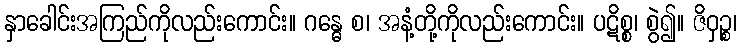
နှာခေါင်းအကြည်ကိုလည်းကောင်း။ ဂန္ဓေ စ၊ အနံ့တို့ကိုလည်းကောင်း။ ပဋိစ္စ၊ စွဲ၍။ ဇိဝှဉ္စ၊